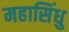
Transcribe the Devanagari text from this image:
महासिंधु